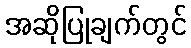
အဆိုပြုချက်တွင်